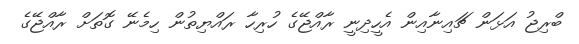
ބްރިޖު އަޅަން ޗައިނާއިން އެހީދިނީ ރާއްޖޭގެ ހުރިހާ ރައްޔިތުން ހިމެނޭ ގޮތަށް ރާއްޖޭގެ